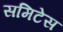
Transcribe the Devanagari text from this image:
समिटेस